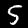
Label: 5